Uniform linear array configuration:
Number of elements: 12
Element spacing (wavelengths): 0.5
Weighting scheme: hamming
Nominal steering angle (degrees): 0
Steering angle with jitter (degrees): -1.35
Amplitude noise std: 0.05
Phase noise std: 0.05

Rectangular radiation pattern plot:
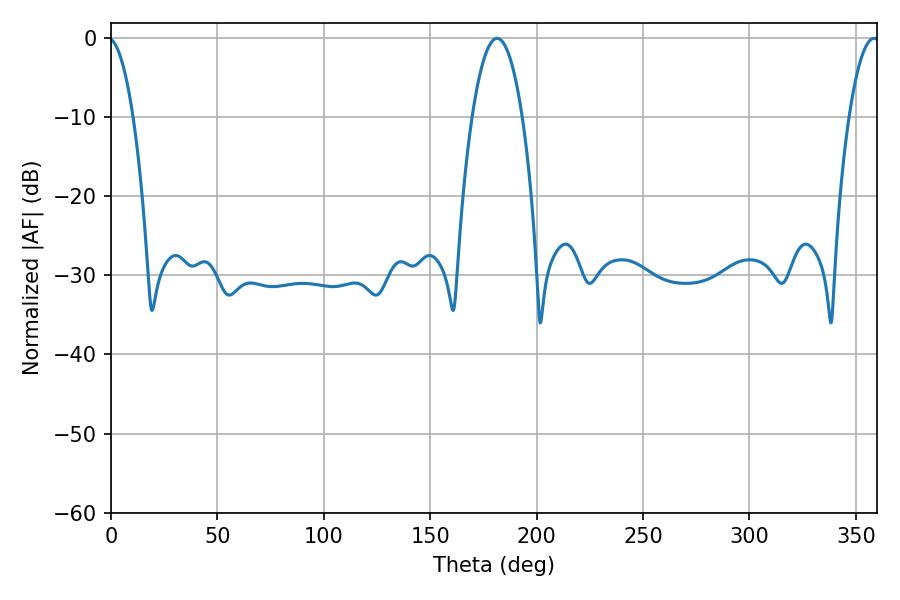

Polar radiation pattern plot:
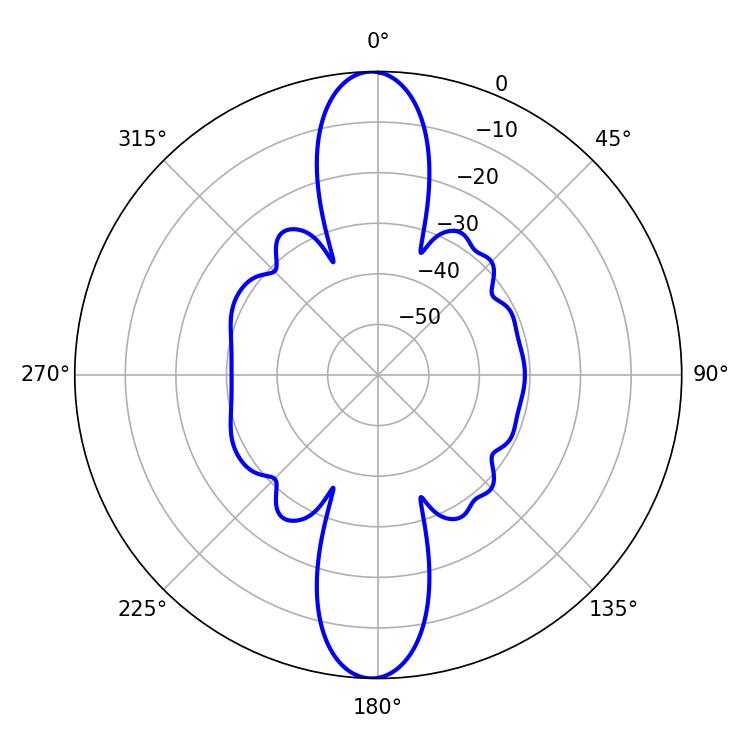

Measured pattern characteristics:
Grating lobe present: FALSE
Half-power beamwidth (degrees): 12.96
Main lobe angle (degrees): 181.44